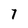
Character: 7